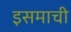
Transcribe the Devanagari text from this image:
इसमाची